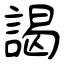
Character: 謁